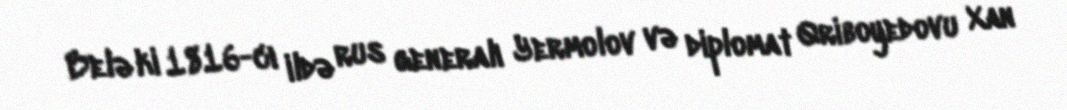
Belə ki 1816-cı ildə rus generalı Yermolov və diplomat Qriboyedovu Xan